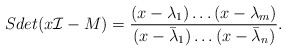
\begin{align*}Sdet (x{\cal I} - M)= {(x-\lambda_1) \dots (x-\lambda_m) \over (x-{\bar\lambda}_1) \dots (x-{\bar \lambda}_n) } .\end{align*}